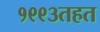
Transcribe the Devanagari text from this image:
१९९३तहत